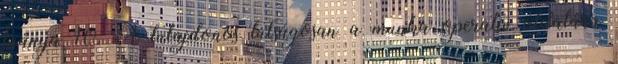
hiánya 10. A tulajdonos túlságosan a munka operatív oldalára